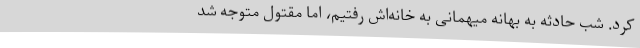
کرد. شب حادثه به بهانه میهمانی به خانه‌اش رفتیم، اما مقتول متوجه شد